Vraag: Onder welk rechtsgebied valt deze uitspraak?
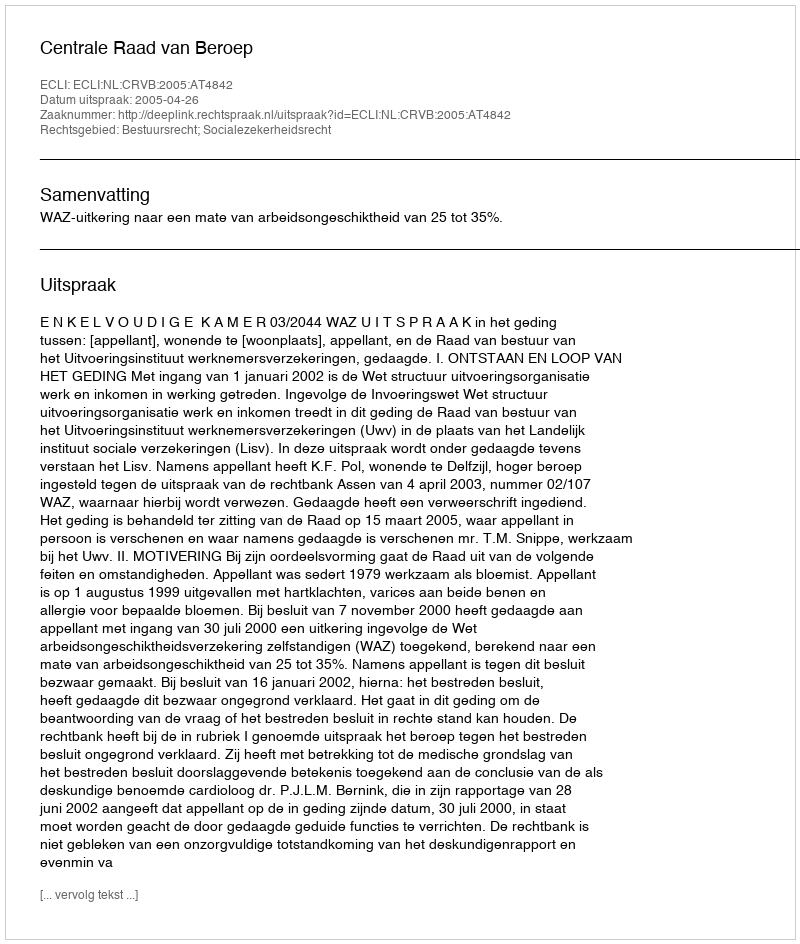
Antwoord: Bestuursrecht; Socialezekerheidsrecht